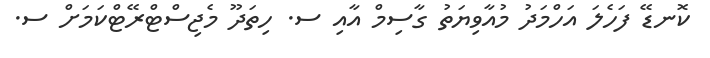
ކޮނޑޭ ފަހެލަ އަހްމަދު މުއާވިޔަތު ގާސިމް އާއި ސ. ހިތަދޫ މެޖިސްޓްރޭޓްކަމަށް ސ.